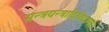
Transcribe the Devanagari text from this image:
मन्त्रयन्त्रादिविद्यानां